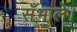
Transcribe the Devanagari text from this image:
सँभाले।